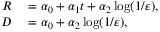
\begin{array} { r l } { R } & { { } = \alpha _ { 0 } + \alpha _ { 1 } t + \alpha _ { 2 } \log ( 1 / \varepsilon ) , } \\ { D } & { { } = \alpha _ { 0 } + \alpha _ { 2 } \log ( 1 / \varepsilon ) , } \end{array}